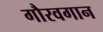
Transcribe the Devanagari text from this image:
गौरवगान